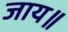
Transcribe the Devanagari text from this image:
जाय॥